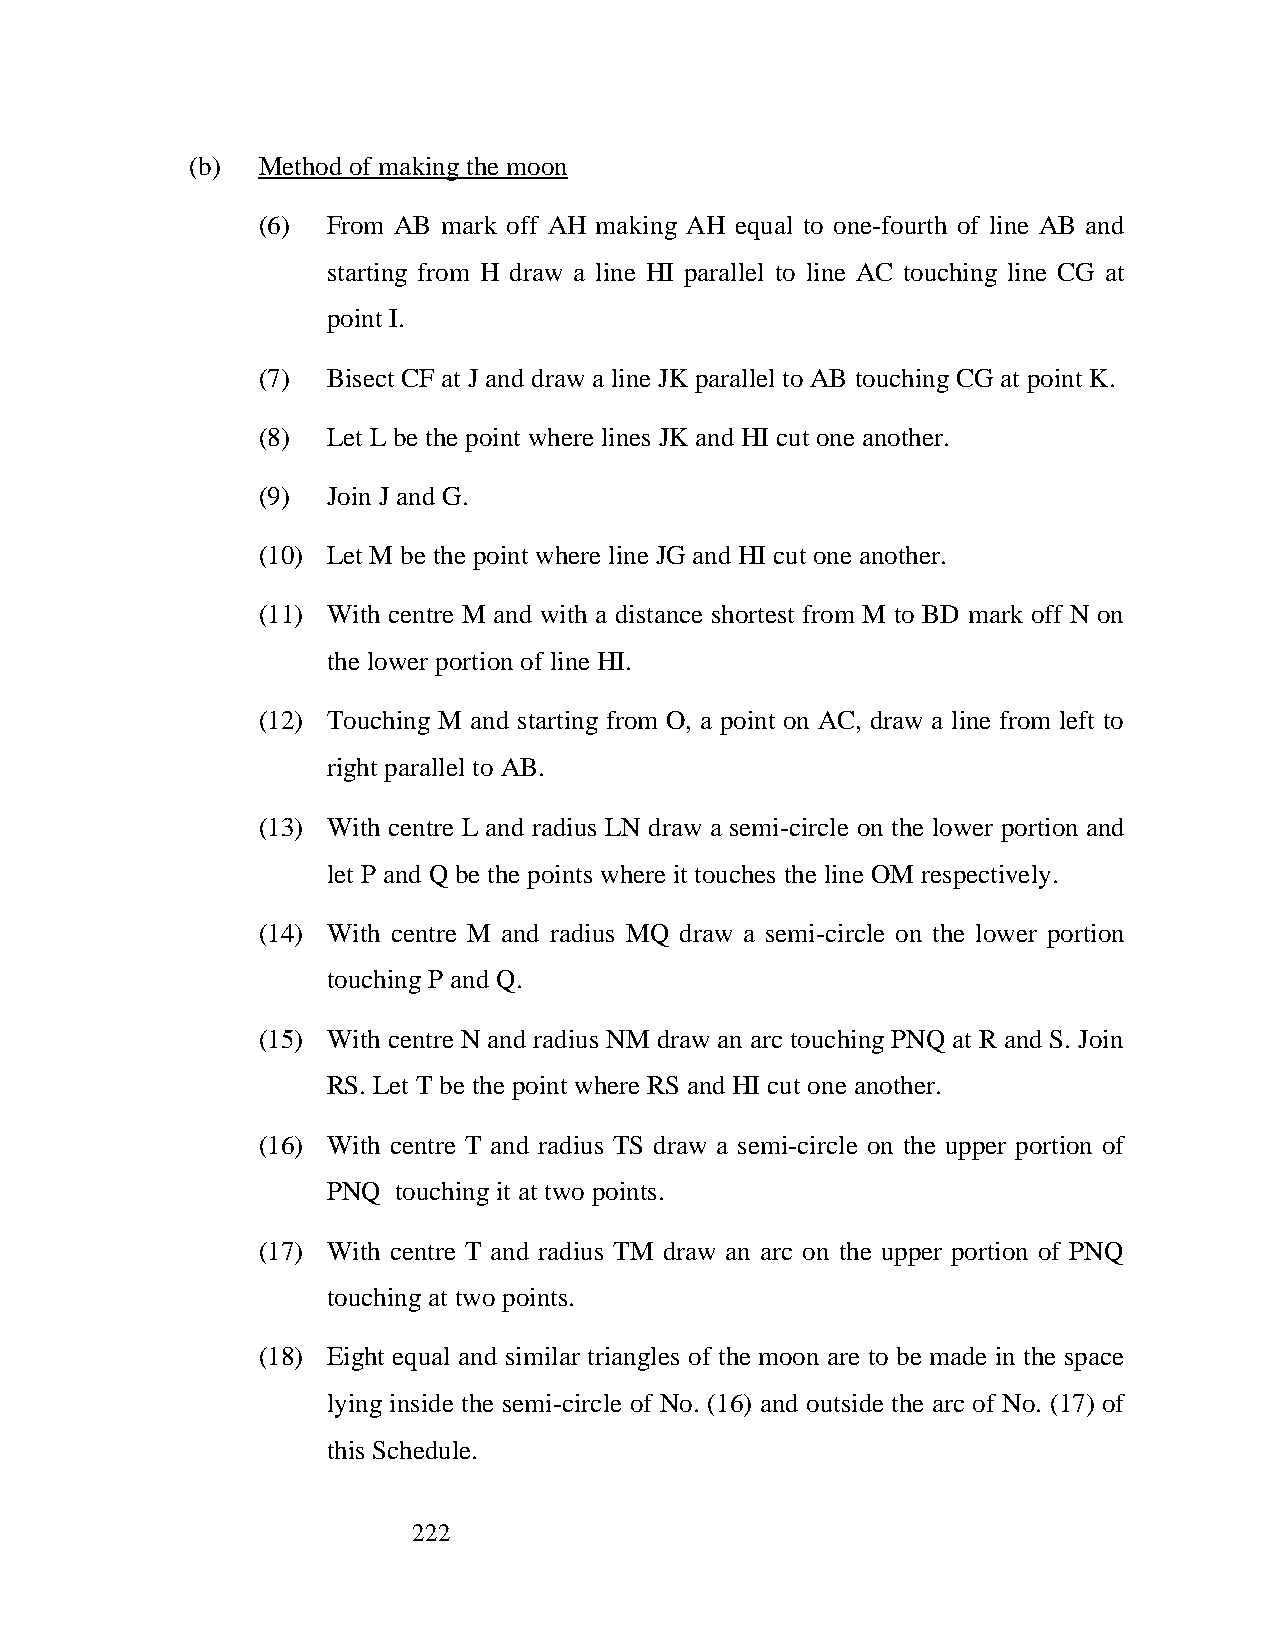
(b) Method of making the moon
 (6)  From AB mark off AH making AH equal to one-fourth of line AB and
 starting from H draw a line HI parallel to line AC touching line CG at
 point I.
 (7)  Bisect CF at J and draw a line JK parallel to AB touching CG at point K.
 (8)  Let L be the point where lines JK and HI cut one another.
 (9)  Join J and G.
 (10) Let M be the point where line JG and HI cut one another.
 (11) With centre M and with a distance shortest from M to BD mark off N on
 the lower portion of line HI.
 (12) Touching M and starting from O, a point on AC, draw a line from left to
 right parallel to AB.
 (13) With centre L and radius LN draw a semi-circle on the lower portion and
 let P and Q be the points where it touches the line OM respectively.
 (14) With centre M and radius MQ draw a semi-circle on the lower portion
 touching P and Q.
 (15) With centre N and radius NM draw an arc touching PNQ at R and S. Join
 RS. Let T be the point where RS and HI cut one another.
 (16) With centre T and radius TS draw a semi-circle on the upper portion of
 PNQ touching it at two points.
 (17) With centre T and radius TM draw an arc on the upper portion of PNQ
 touching at two points.
 (18) Eight equal and similar triangles of the moon are to be made in the space
 lying inside the semi-circle of No. (16) and outside the arc of No. (17) of
 this Schedule.
 222